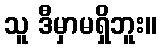
သူ ဒီမှာမရှိဘူး။